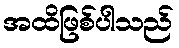
အထိဖြစ်ပါသည်